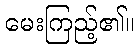
မေးကြည့်၏။